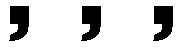
, , ,